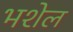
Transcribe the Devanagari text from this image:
भशेल